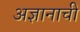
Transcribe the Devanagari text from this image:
अज्ञानाची